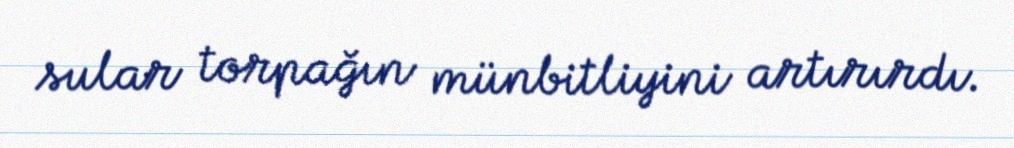
sular torpağın münbitliyini artırırdı.